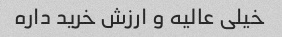
خیلی عالیه و ارزش خرید داره